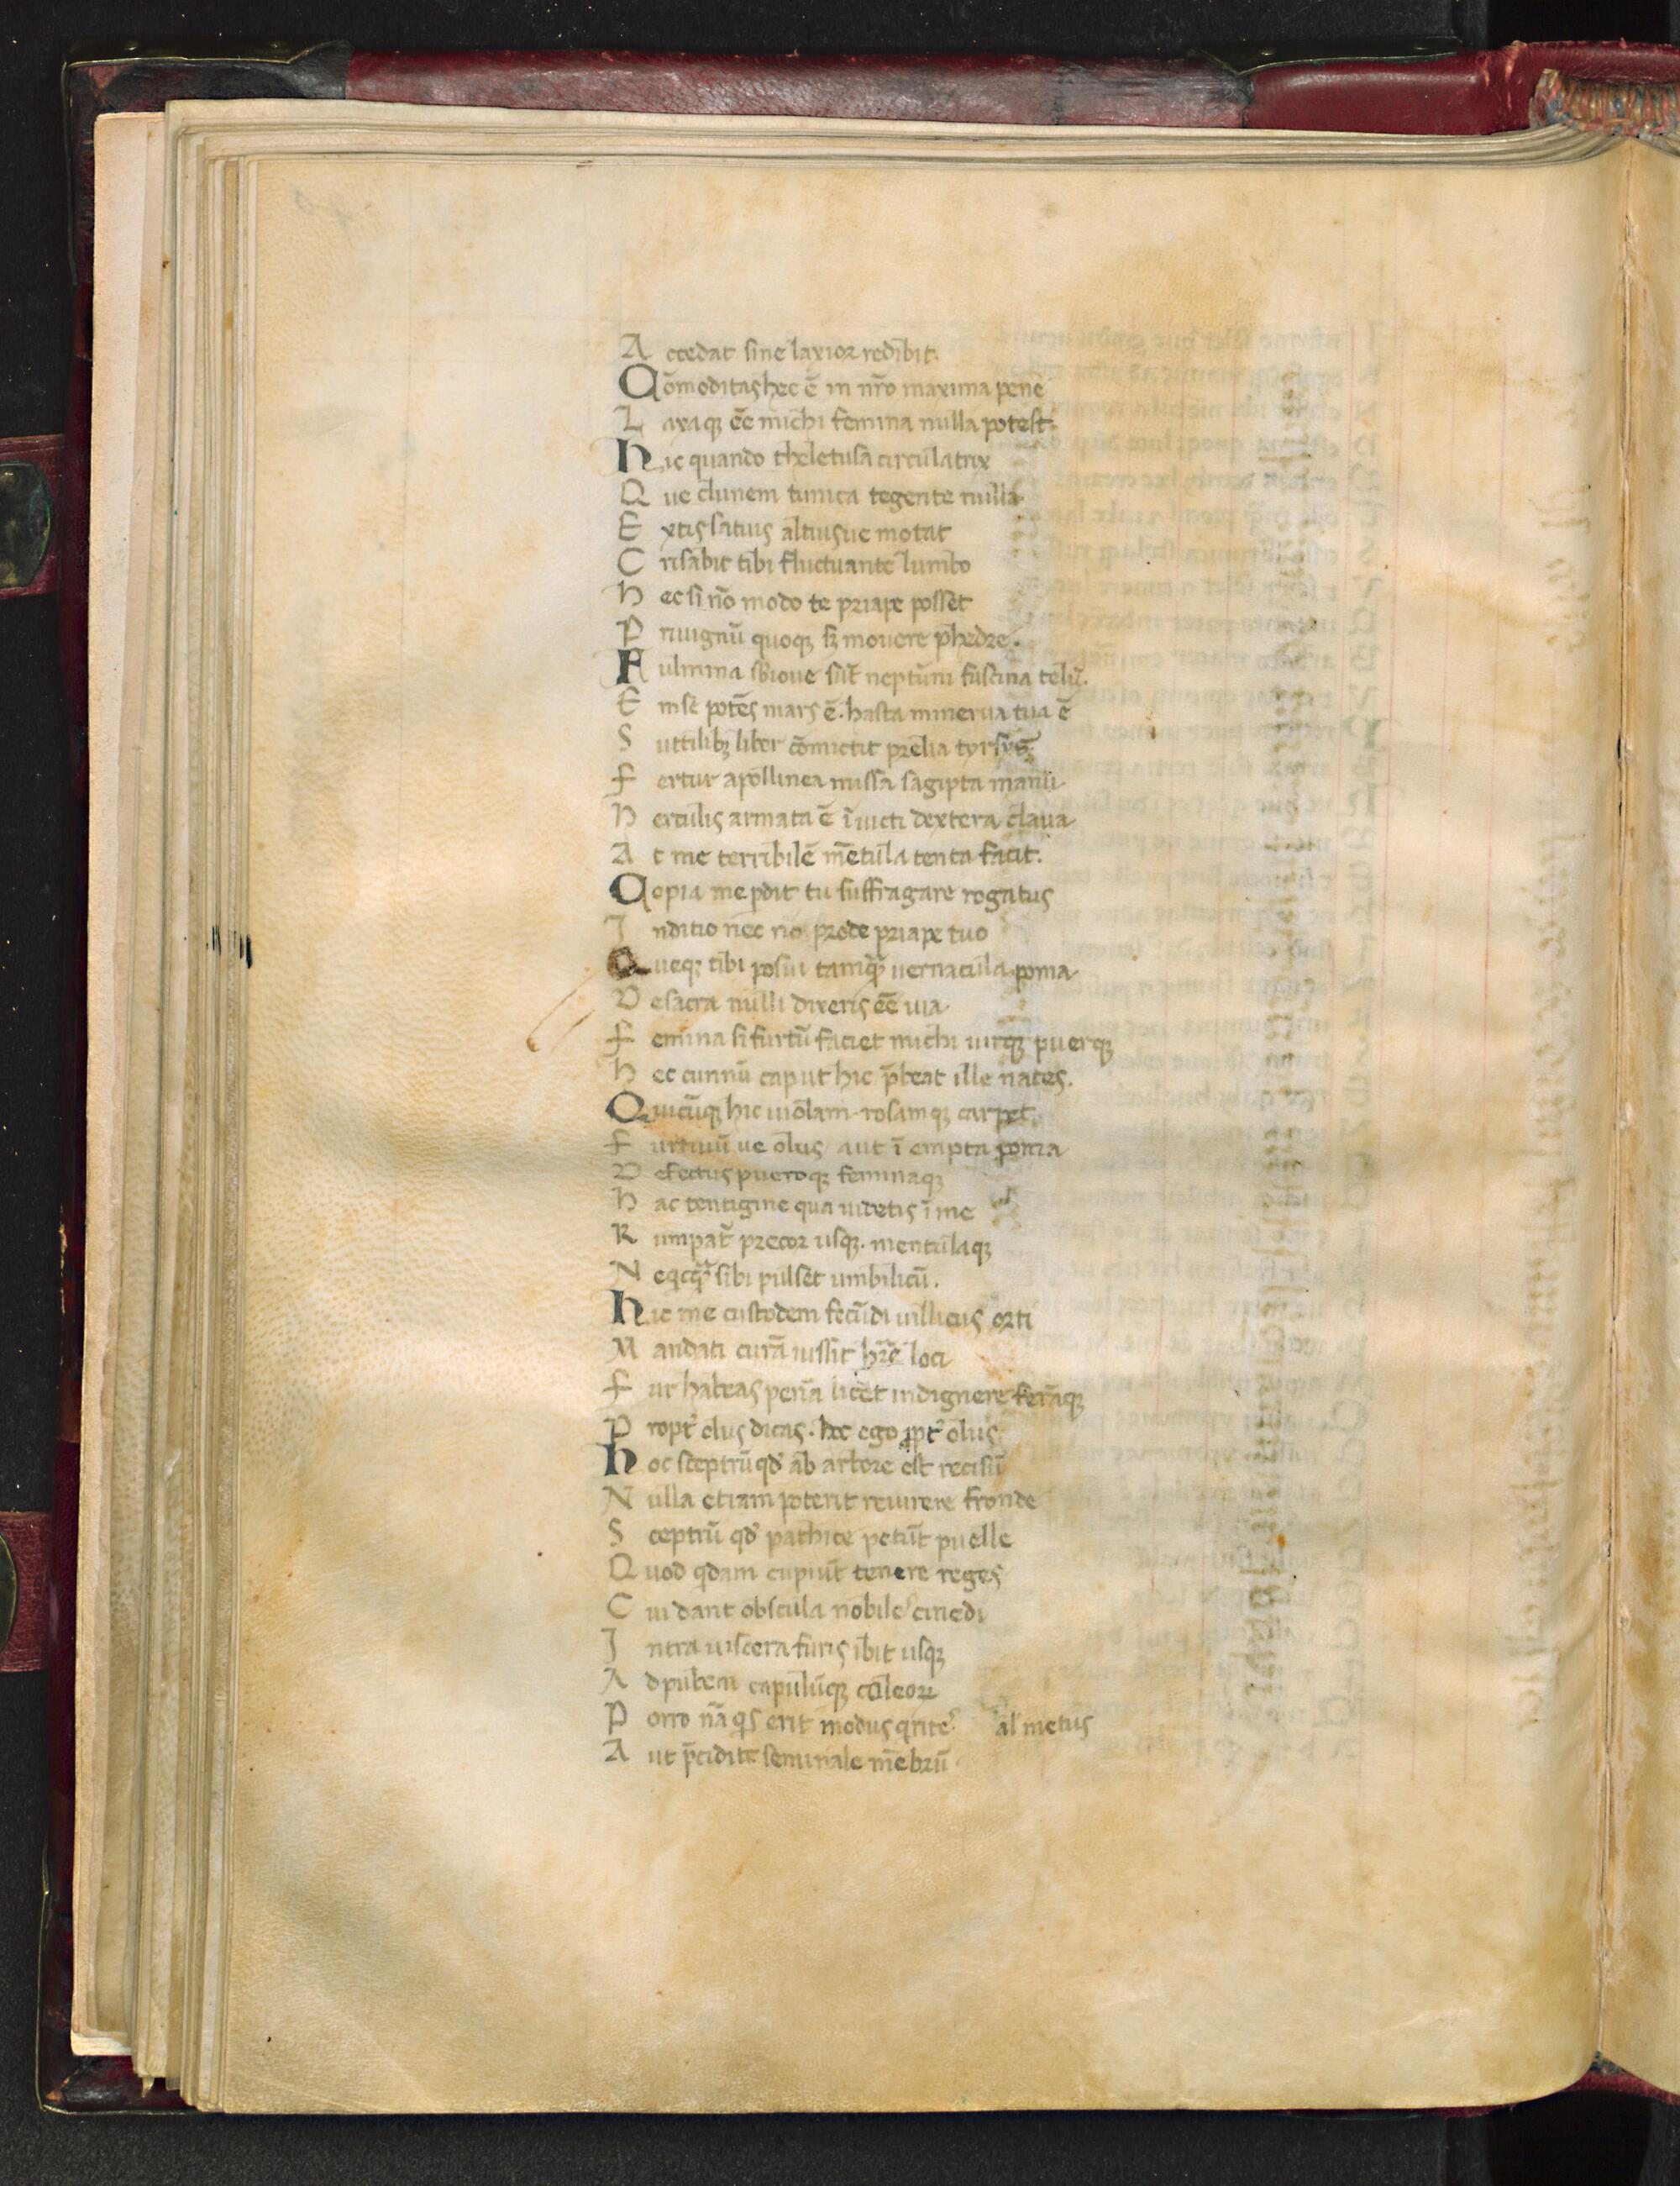
Shelfmark: Florence, Biblioteca Medicea Laurenziana, Laur. Plut. 33.31
Century: 14